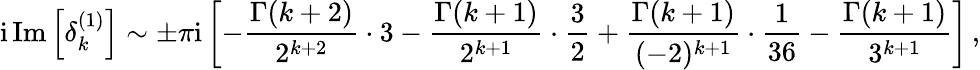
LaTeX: \mathrm{i}\, \mathrm{Im}\left[\delta_{k}^{(1)}\right]\sim\pm\pi\mathrm{i}\left[-\frac{\Gamma(k+2)}{2^{k+2}}\cdot 3-\frac{\Gamma(k+1)}{2^{k+1}}\cdot\frac{3}{2}+\frac{\Gamma(k+1)}{(-2)^{k+1}}\cdot\frac{1}{36}-\frac{\Gamma(k+1)}{3^{k+1}}\right]\, ,